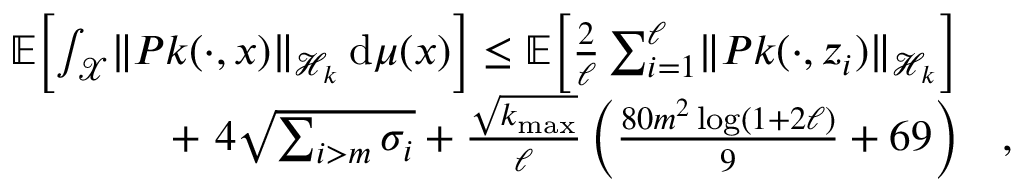
\begin{array} { r l } { \mathbb { E } \! \left[ \int _ { \mathcal { X } } \lVert P k ( \cdot , x ) \rVert _ { \mathcal { H } _ { k } } \, \mathrm { d } \mu ( x ) \right] \le \mathbb { E } \! \left[ \frac 2 \ell \sum _ { i = 1 } ^ { \ell } \lVert P k ( \cdot , z _ { i } ) \rVert _ { \mathcal { H } _ { k } } \right] } & { } \\ { + \ 4 \sqrt { \sum _ { i > m } \sigma _ { i } } + \frac { \sqrt { k _ { \operatorname* { m a x } } } } { \ell } \left( \frac { 8 0 m ^ { 2 } \log ( 1 + 2 \ell ) } 9 + 6 9 \right) } & { , } \end{array}